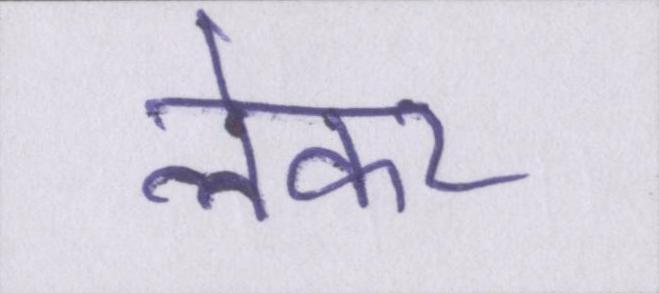
लेकर